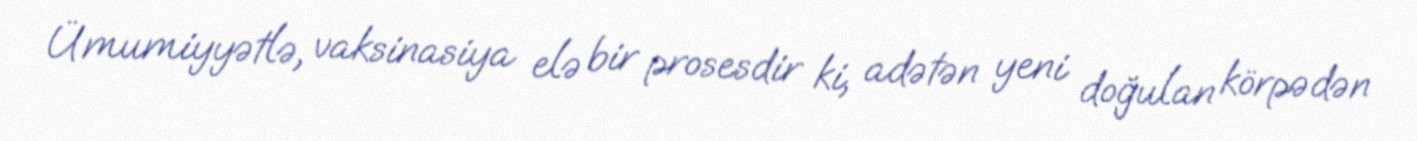
Ümumiyyətlə, vaksinasiya elə bir prosesdir ki, adətən yeni doğulan körpədən